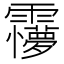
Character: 𩆽